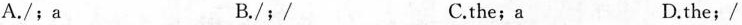
A./;a B./;/ C.the;a D.the;/